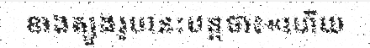
ខាងត្បូងរូបនេះបន្តថា៖«ហើយ